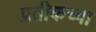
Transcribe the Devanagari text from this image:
प्रतीकच्या